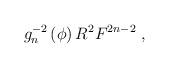
LaTeX: \begin{align*}g_n^{-2}\left(\phi\right) R^2 F^{2n-2}\ ,\end{align*}